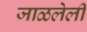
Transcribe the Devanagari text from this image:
जाळलेली